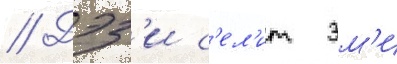
// Дэз'и с'ел'ит эм'и